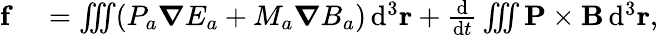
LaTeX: \begin{array}{rl}{\mathbf{f}}&{{}=\iiint(P_{a}\boldsymbol{\nabla}E_{a}+M_{a}\boldsymbol{\nabla}B_{a})\, \mathrm{d}^{3}\mathbf{r}+\frac{\mathrm{d}}{\mathrm{d}t}\iiint\mathbf{P}\times\mathbf{B}\, \mathrm{d}^{3}\mathbf{r},}\end{array}